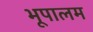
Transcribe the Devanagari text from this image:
भूपालम